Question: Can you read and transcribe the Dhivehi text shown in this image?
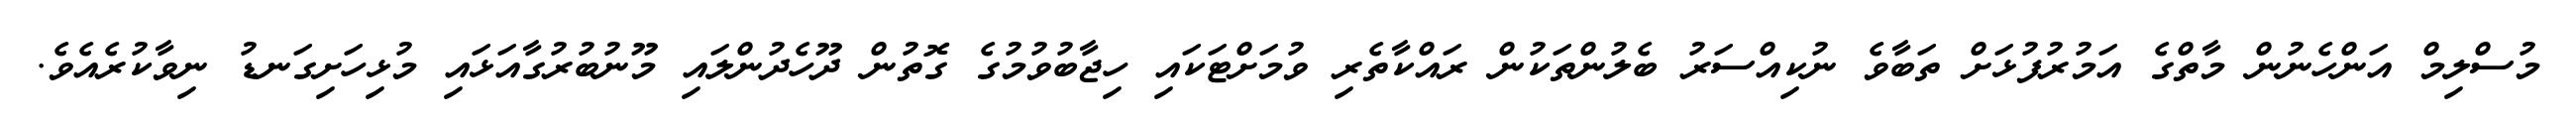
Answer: މުސްލިމް އަންހެނުން މާތްގެ އަމުރުފުޅަށް ތަބާވެ ނުކިއްސަރު ބެލުންތަކުން ރައްކާތެރި ވުމަށްޓަކައި ހިޖާބުވުމުގެ ގޮތުން ދޫހެދުންލައި މޫނުބުރުގާއަޅައި މުޅިހަށިގަނޑު ނިވާކުރެއެވެ.